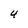
Character: 4